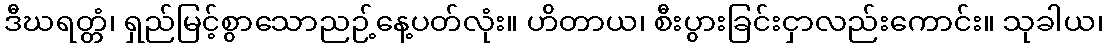
ဒီဃရတ္တံ၊ ရှည်မြင့်စွာသောညဉ့်နေ့ပတ်လုံး။ ဟိတာယ၊ စီးပွားခြင်းငှာလည်းကောင်း။ သုခါယ၊